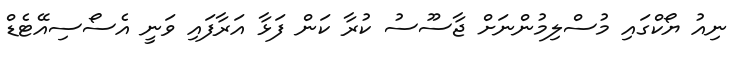
ނިއު ޔޯކްގައި މުސްލިމުންނަށް ޖާސޫސު ކުރާ ކަން ފަޅާ އަރާފައި ވަނީ އެސޯސިއޭޓެޑް